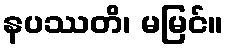
နပဿတိ၊ မမြင်။